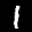
Label: 1